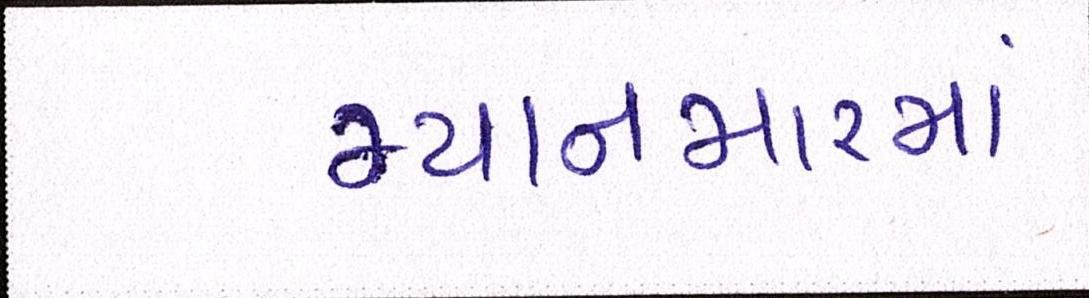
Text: મ્યાનમારમાં